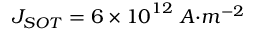
J _ { { S O T } } = 6 \times { 1 0 } ^ { 1 2 } \ { A } { { · } } { { m } } ^ { { - 2 } }